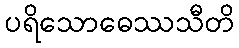
ပရိသောဓေဿသီတိ